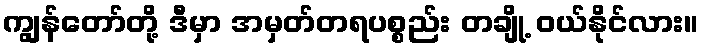
ကျွန်တော်တို့ ဒီမှာ အမှတ်တရပစ္စည်း တချို့ ဝယ်နိုင်လား။